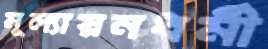
মূল্যায়নধর্মী